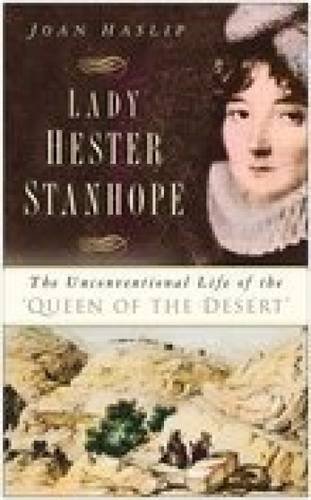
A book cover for Lady Hester Stanhope: The Unconventional Life of the 'Queen of the Desert'; Joan Haslip; Travel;